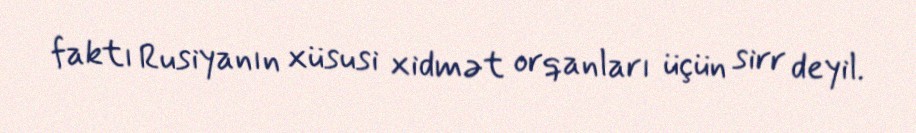
faktı Rusiyanın xüsusi xidmət orqanları üçün sirr deyil.